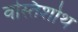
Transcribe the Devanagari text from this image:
वस्तिशोथ